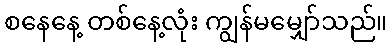
စနေနေ့ တစ်နေ့လုံး ကျွန်မမျှော်သည်။